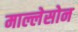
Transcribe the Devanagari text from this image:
माल्लेसोन